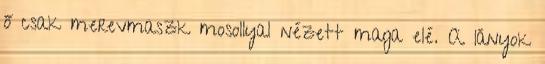
ő csak merevmaszk mosollyal nézett maga elé. A lányok